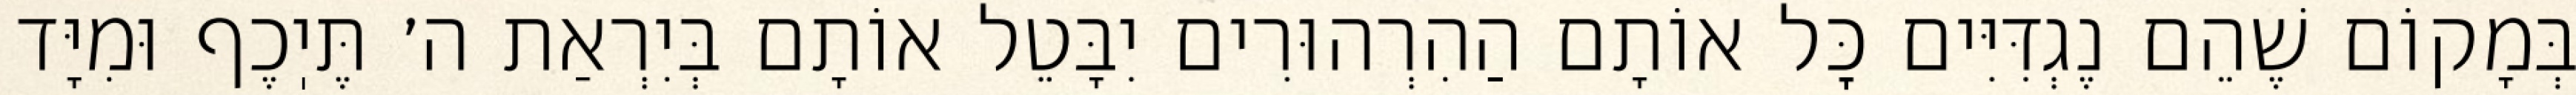
בְּמָקוֹם שֶׁהֵם נֶגְדִּיִּים כׇּל אוֹתָם הַהִרְהוּרִים יִבָּטֵל אוֹתָם בְּיִרְאַת ה׳ תֶּיֽכֶף וּמִיָּד